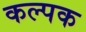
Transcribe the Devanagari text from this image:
कल्‍पक